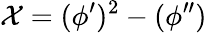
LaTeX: \mathcal{X}=(\phi^{\prime})^{2}-(\phi^{\prime\prime})